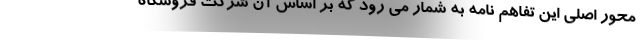
محور اصلی این تفاهم نامه به شمار می رود که بر اساس آن شرکت فروشگاه